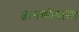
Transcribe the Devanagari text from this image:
ज्ञानकोशाला